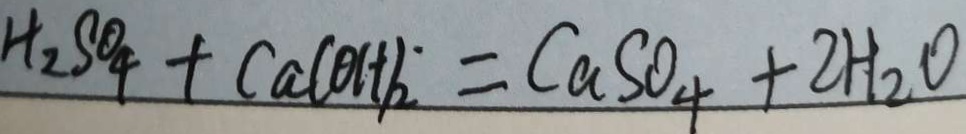
H _ { 2 } S O _ { 4 } + C a ( O H ) _ { 2 } = C a S O _ { 4 } + 2 H _ { 2 } O